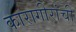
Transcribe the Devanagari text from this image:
कारागीरांची